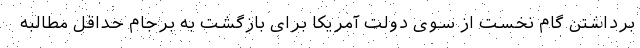
برداشتن گام نخست از سوی دولت آمریکا برای بازگشت به برجام حداقل مطالبه